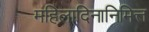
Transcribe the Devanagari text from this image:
महिलादिनानिमित्त